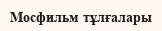
Мосфильм тұлғалары